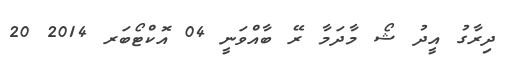
ދިރާގު އީދު ޝޯ މާދަމާ ރޭ ބާއްވަނީ 04 އޮކްޓޯބަރ 2014 20